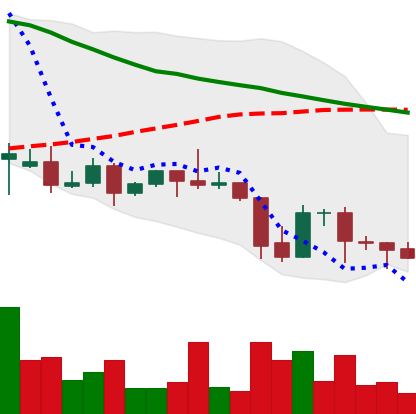
Ticker: DOGE-USD
Chart end date: 2021-09-27
Forward return: 9.423%
Label: up_7plus